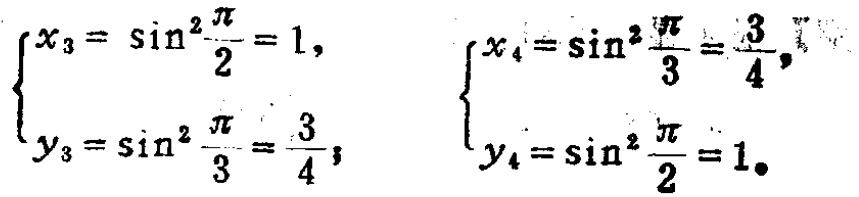
\(\begin{cases}

x_{3}=\sin^{2}\frac{\pi}{2}=1, \\

y_{3}=\sin^{2}\frac{\pi}{3}=\frac{3}{4};

\end{cases}\)

\(\begin{cases}

x_{4}=\sin^{2}\frac{\pi}{3}=\frac{3}{4}, \\

y_{4}=\sin^{2}\frac{\pi}{2}=1.

\end{cases}\)